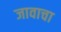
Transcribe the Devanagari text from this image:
जावाचा